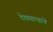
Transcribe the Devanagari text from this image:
देवबापाने